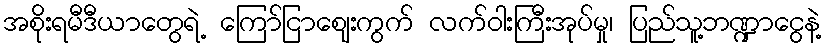
အစိုးရမီဒီယာတွေရဲ့ ကြော်ငြာဈေးကွက် လက်ဝါးကြီးအုပ်မှု၊ ပြည်သူ့ဘဏ္ဍာငွေနဲ့